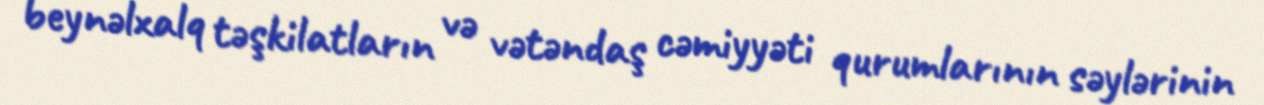
beynəlxalq təşkilatların və vətəndaş cəmiyyəti qurumlarının səylərinin